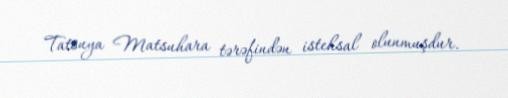
Tatsuya Matsuhara tərəfindən istehsal olunmuşdur.